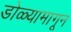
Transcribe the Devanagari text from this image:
डोळ्यामागून